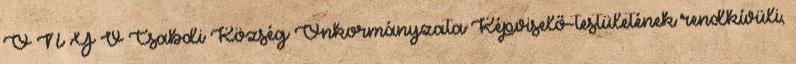
Ö N Y V Csabdi Község Önkormányzata Képviselő-testületének rendkívüli,